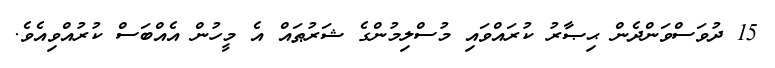
15 ދުވަސްވަންދެން ޙިޞާރު ކުރައްވައި މުސްލިމުންގެ ޝަރުޠައް އެ މީހުން އެއްބަސް ކުރުއްވިއެވެ.